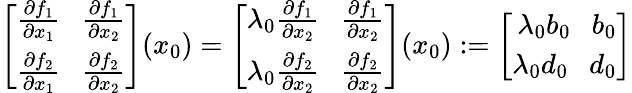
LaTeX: \left[\begin{array}{r}{\frac{\partial f_{1}}{\partial x_{1}}\ \ \ \frac{\partial f_{1}}{\partial x_{2}}}\\ {\frac{\partial f_{2}}{\partial x_{1}}\ \ \ \frac{\partial f_{2}}{\partial x_{2}}}\end{array}\right]({x_{0}})=\left[\begin{array}{r}{\lambda_{0}\frac{\partial f_{1}}{\partial x_{2}}\ \ \ \frac{\partial f_{1}}{\partial x_{2}}}\\ {\lambda_{0}\frac{\partial f_{2}}{\partial x_{2}}\ \ \ \frac{\partial f_{2}}{\partial x_{2}}}\end{array}\right]({x_{0}}):=\left[\begin{array}{r}{\lambda_{0}b_{0}\ \ \ b_{0}}\\ {\lambda_{0}d_{0}\ \ \ d_{0}}\end{array}\right]